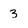
Character: 3